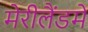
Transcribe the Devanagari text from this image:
मेरीलैंडमें